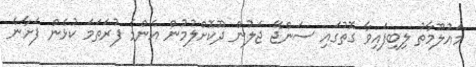
މައުލޫމާތު ލިބިފައިވާ ގޮތުގައި ސަންޖޭ ޖަލުން ދޫކޮށްލުމުން އެންމެ ފުރަތަމަ ކުޅެން ފަށާނެ